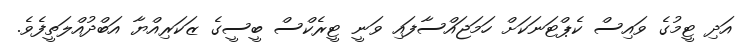
އަދި ޓީމުގެ ވައިސް ކެޕްޓަނަކަށް ހަމަޖައްސާފައި ވަނީ ޓީރެކްސް ބީސީގެ ޒަކަރިއްޔާ އަބްދުއްލަތީފެވެ.